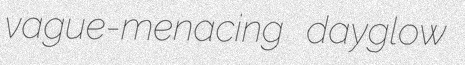
vague-menacing dayglow